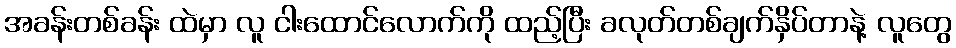
အခန်းတစ်ခန်း ထဲမှာ လူ ငါးထောင်လောက်ကို ထည့်ပြီး ခလုတ်တစ်ချက်နှိပ်တာနဲ့ လူတွေ